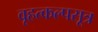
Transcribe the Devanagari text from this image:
वृहत्कल्पसूत्र